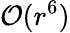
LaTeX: \mathcal{O}(r^{6})